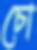
চো